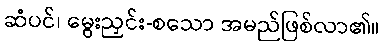
ဆံပင်၊ မွေးညှင်း-စသော အမည်ဖြစ်လာ၏။